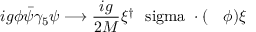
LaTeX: i g \phi \bar { \psi } \gamma _ { 5 } \psi \longrightarrow \frac { i g } { 2 M } \xi ^ { \dag } \mathrm { \boldmath ~ \ s i g m a ~ } \cdot ( \mathrm { \boldmath ~ \nabla ~ } \phi ) \xi